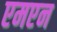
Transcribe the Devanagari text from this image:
एमएन